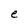
Character: e